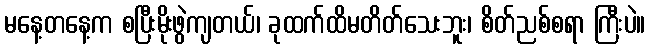
မနေ့တနေ့က စပြီးမိုးဖွဲကျတယ်၊ ခုထက်ထိမတိတ်သေးဘူး၊ စိတ်ညစ်စရာ ကြီးပဲ။